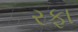
રફા